画像に写った文字を読んでください
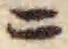
「ニ」と書いてあります